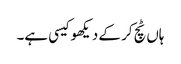
ہاں ٹچ کر کے دیکھو کیسی ہے۔